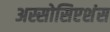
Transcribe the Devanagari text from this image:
अस्सोसिएशंस